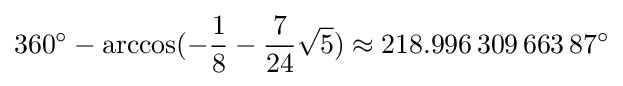
360^{\circ }-\arccos(-{\frac {1}{8}}-{\frac {7}{24}}{\sqrt {5}})\approx 218.996\,309\,663\,87^{\circ }